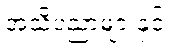
အသိပညာများနှင့်